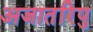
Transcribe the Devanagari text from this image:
अजातरिपु